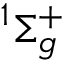
^ 1 \Sigma _ { g } ^ { + }